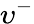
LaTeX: \upsilon^{-}